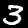
Digit: 3